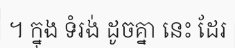
។ ក្នុង ទំរង់ ដូចគ្នា នេះ ដែរ